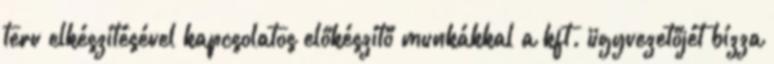
terv elkészítésével kapcsolatos előkészítő munkákkal a kft. ügyvezetőjét bízza